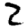
Digit: 2